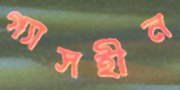
গ্যাসহীন